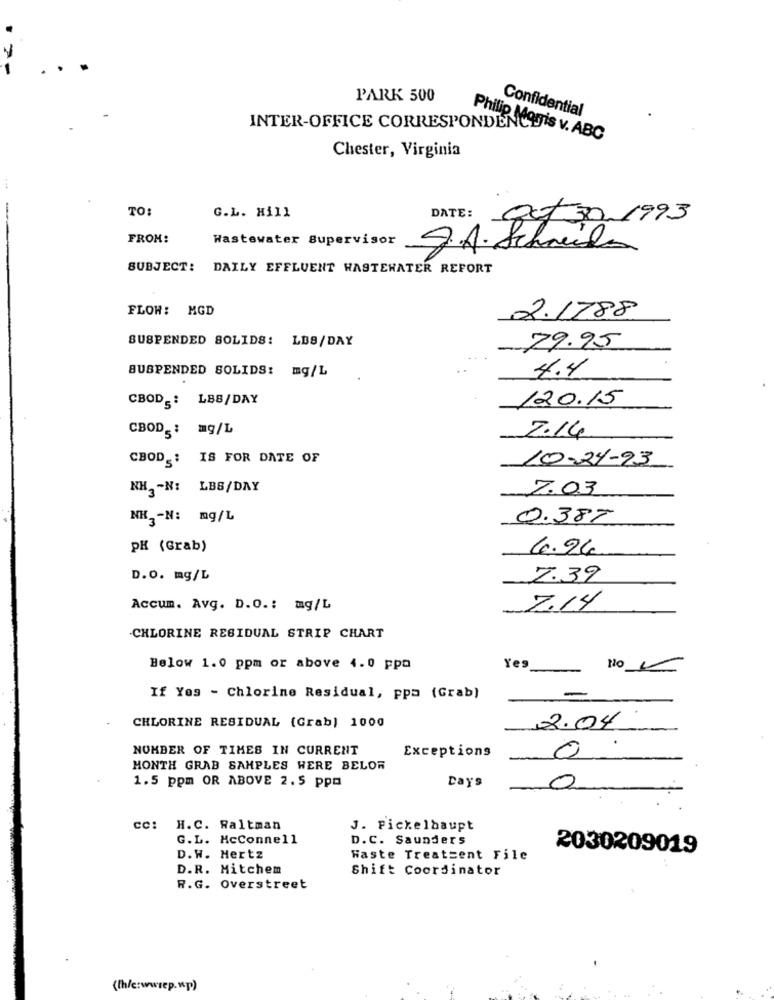
-
PARK 500
Confidential
INTER-OFFICE CORRESPONDENC
Philip Morris v. ABC
Chester, Virginia
TO
DATE:
G.L. Hill
1 30.1993
FROM:
Wastewater Supervisor
J.A. Schneider
SUBJECT:
DAILY EFFLUENT WASTEWATER REFORT
FLOW: MGD
2.1788
SUSPENDED SOLIDS: LBS/DAY
29.95
SUSPENDED SOLIDS: mg/L
4.4
CBOD: LBB/DAY
120.15
CBOD : mg/L
2.14
CBOD : IS FOR DATE OF
10-24-93
NH2-N: LBS/DAY
2.03
NK3-N: mg/L
0.387
PH (Grab)
4.24
D.O. mg/L
2.39
Accum. Avg. D.O .: mg/L
2.14
-CHLORINE RESIDUAL STRIP CHART
Below 1.0 ppm or above 4.0 ppm
Yes
No LS
If Yes - Chlorine Residual, ppa (Grab)
-
CHLORINE RESIDUAL (Grab) 1000
2.04
NUMBER OF TIMES IN CURRENT
Exceptions
0
MONTH GRAB SAMPLES WERE BELOR
1.5 ppm OR ABOVE 2.5 ppm
0
Days
cc: H.C. Raltman
J. Pickelbaupt
G.L. McConnell
D. C. Saunders
2030209019
D.W. Hertz
Faste Treatsent File
D.R. Mitchem
Shift Coordinator
R.G. Overstreet
((h/c:wwrep.wp)